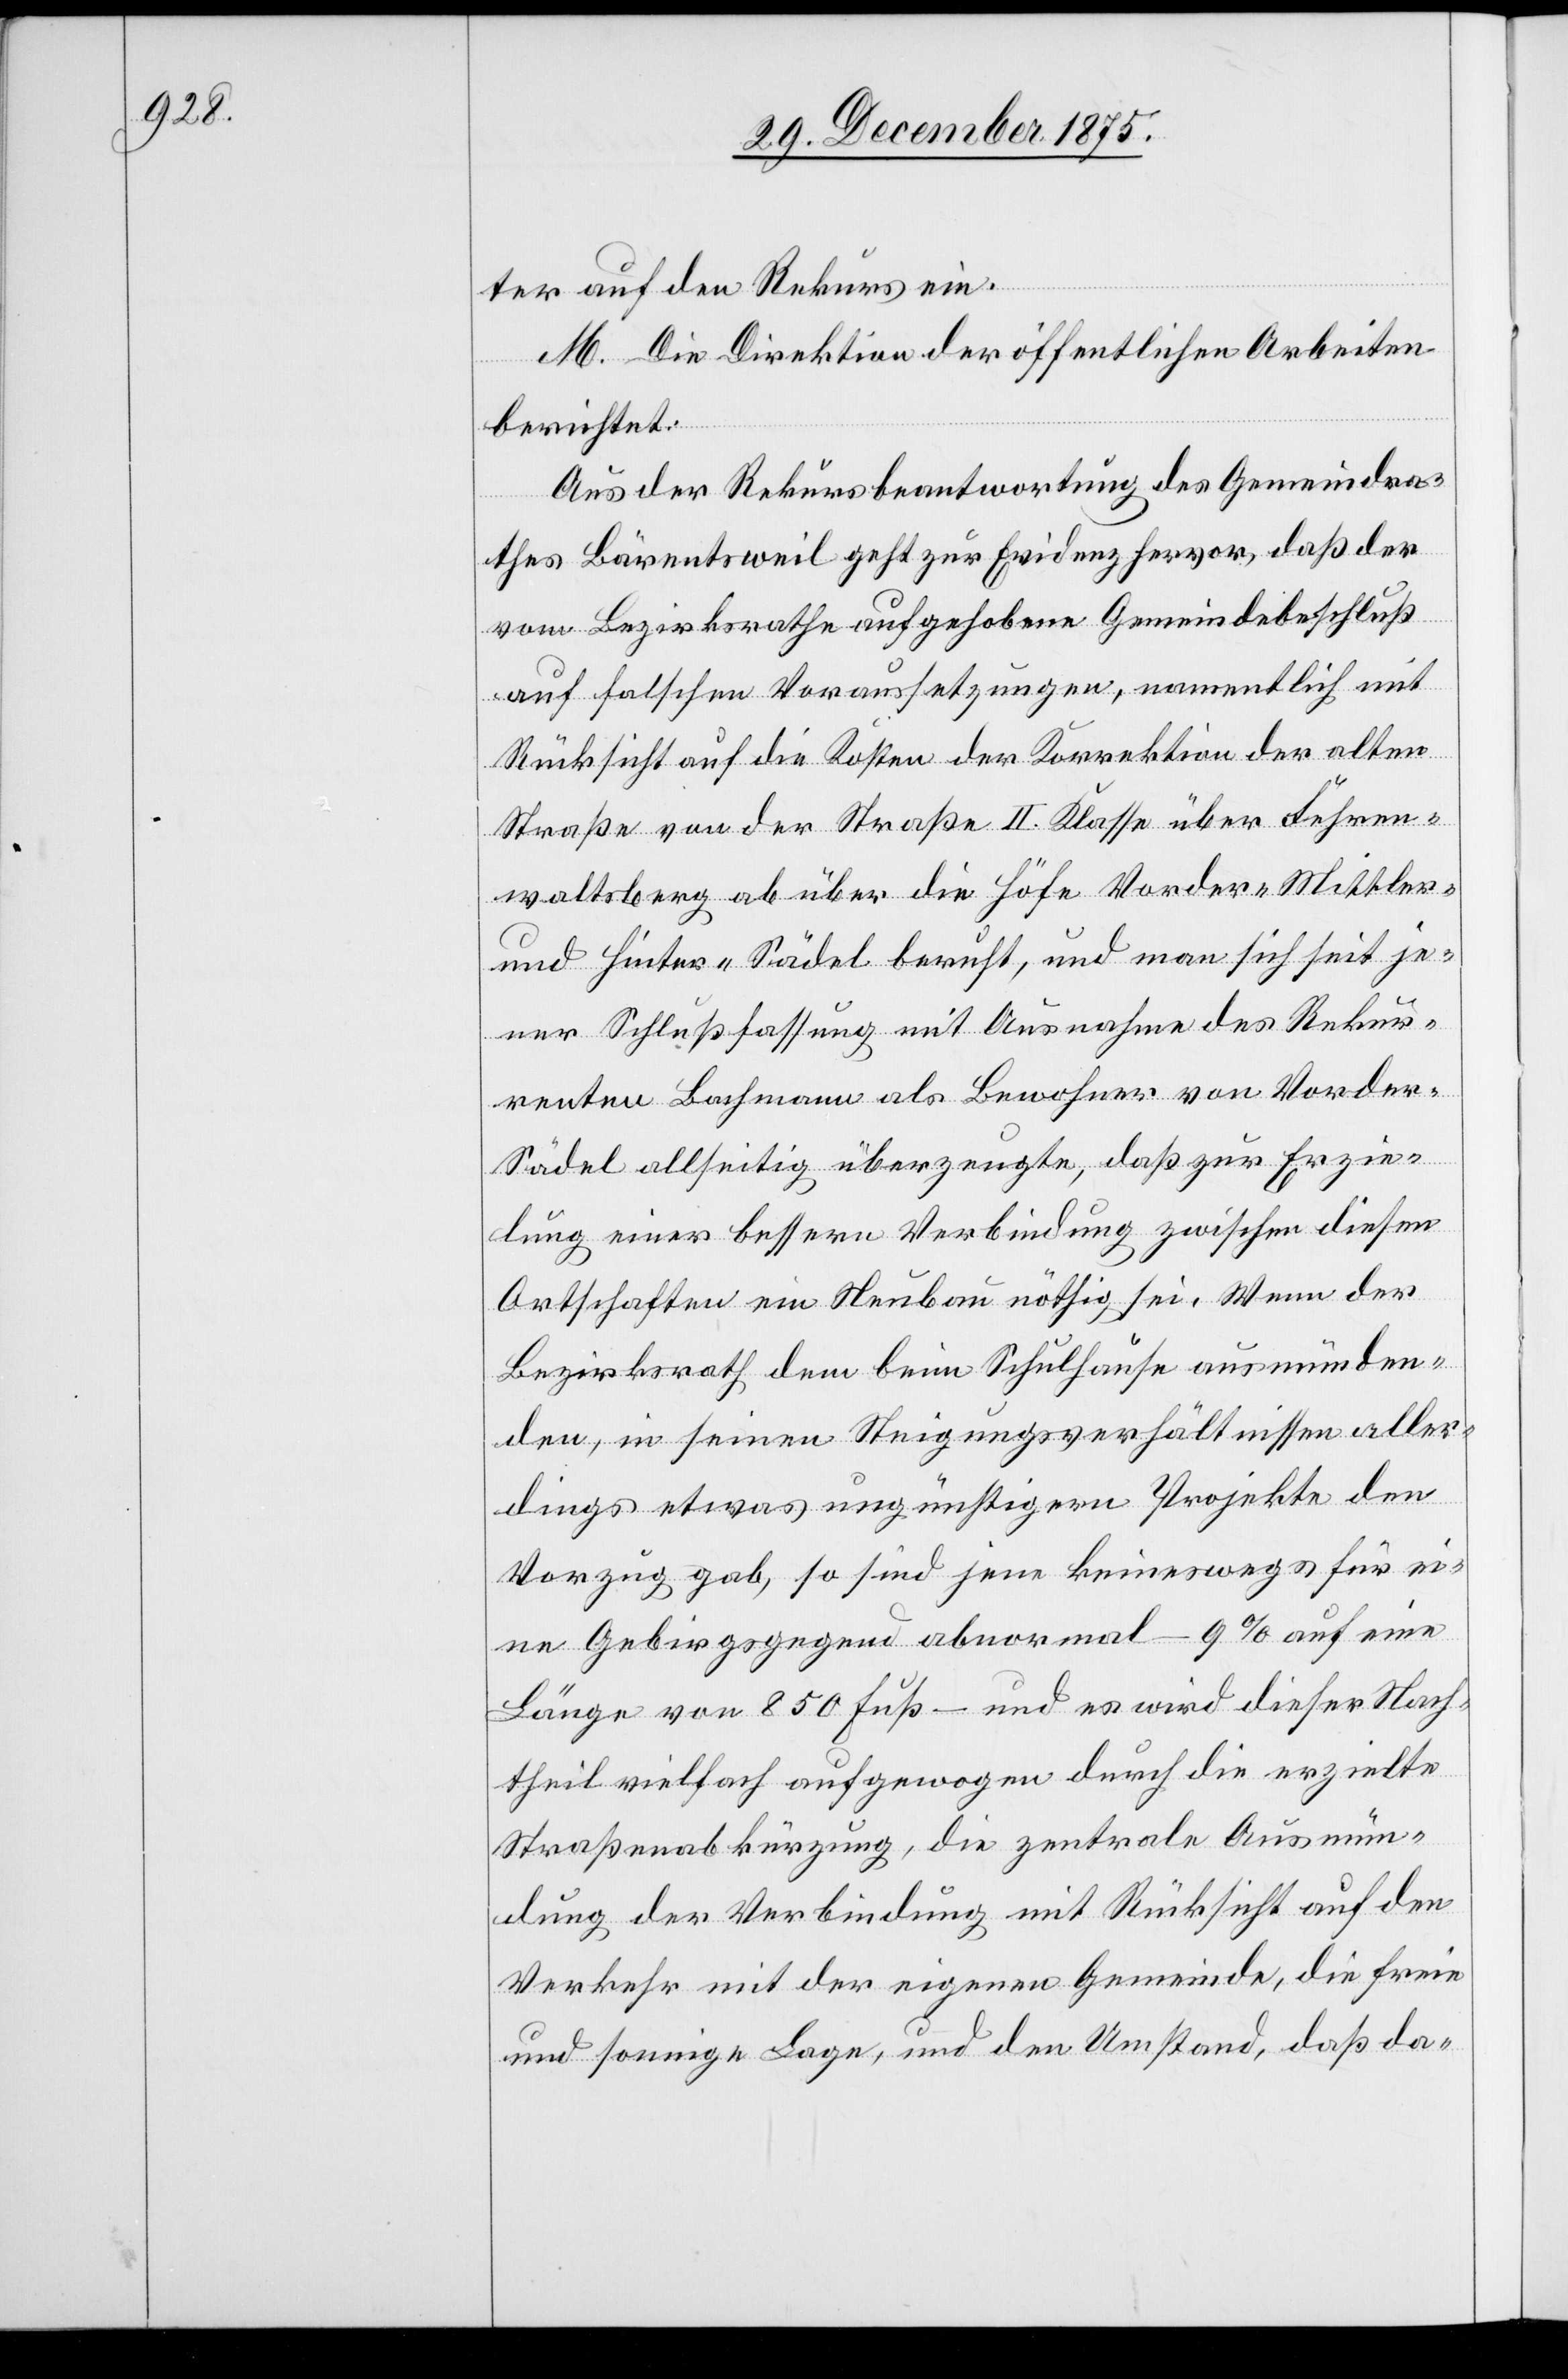
ter auf den Rekurs ein.
M. Die Direktion der öffentlichen Arbeiten
berichtet:
Aus der Rekursbeantwortung des Gemeindra¬
thes Bärentsweil geht zur Evidenz hervor, daß der
vom Bezirksrathe aufgehobene Gemeindebeschluß
auf falschen Voraussetzungen, namentlich mit
Rücksicht auf die Kosten der Korrektion der alten
Straße von der Straße II. Klasse über Fehren¬
waltsberg ab über die Höhe Vorder-[,] Mittler-
und Hinter-Sädel beruht, und man sich seit je¬
ner Schlußfassung mit Ausnahme des Rekur¬
renten Bachmann als Bewohner von Vorder-S¬
ädel allseitig überzeugte, daß zur Erzie¬
lung einer bessern Verbindung zwischen diesen
Ortschaften ein Neubau nöthig sei. Wenn der
Bezirksrath dem beim Schulhause ausmünden¬
den, in seinen Steigungsverhältnissen aller¬
dings etwas ungünstigern Projekte den
Vorzug gab, so sind jene keineswegs für ei¬
ne Gebirgsgegend abnormal – 9% auf eine
Länge von 850 Fuß – und es wird dieser Nach¬
theil vielfach aufgewogen durch die erzielte
Straßenabkürzung, die zentrale Ausmün¬
dung der Verbindung mit Rücksicht auf den
Verkehr mit der eigenen Gemeinde, die freie
und sonnige Lage, und den Umstand, daß da-